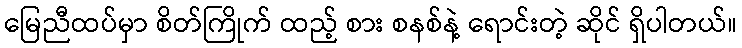
မြေညီထပ်မှာ စိတ်ကြိုက် ထည့် စား စနစ်နဲ့ ရောင်းတဲ့ ဆိုင် ရှိပါတယ်။